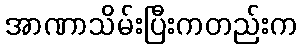
အာဏာသိမ်းပြီးကတည်းက